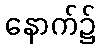
နောက်၌